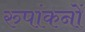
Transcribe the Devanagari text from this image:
रुपांकनों